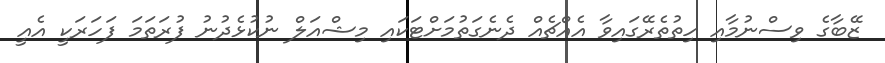
ޒޭބާގެ ވިސްނުމާއި ހިތުތެރޭގައިވާ އެއްޗެއް ދެނެގަތުމަށްޓަކައި މިޝްއަލް ނުކުޅެދުނު ފުރަތަމަ ފަހަރަކީ އެއީ